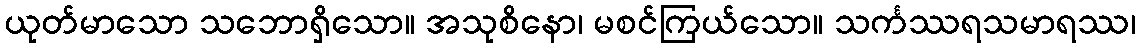
ယုတ်မာသော သဘောရှိသော။ အသုစိနော၊ မစင်ကြယ်သော။ သင်္ကဿရသမာရဿ၊